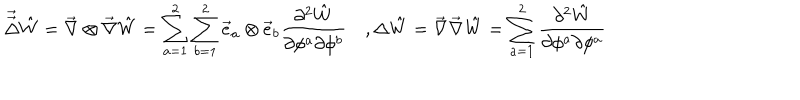
LaTeX: \vec { \vec { \Delta } } \hat { W } = \vec { \nabla } \otimes \vec { \nabla } \hat { W } = \sum _ { a = 1 } ^ { 2 } \sum _ { b = 1 } ^ { 2 } \vec { e } _ { a } \otimes \vec { e } _ { b } \frac { \partial ^ { 2 } \hat { W } } { \partial \phi ^ { a } \partial \phi ^ { b } } \quad , \Delta \hat { W } = \vec { \nabla } \vec { \nabla } \hat { W } = \sum _ { a = 1 } ^ { 2 } \frac { \partial ^ { 2 } \hat { W } } { \partial \phi ^ { a } \partial \phi ^ { a } }